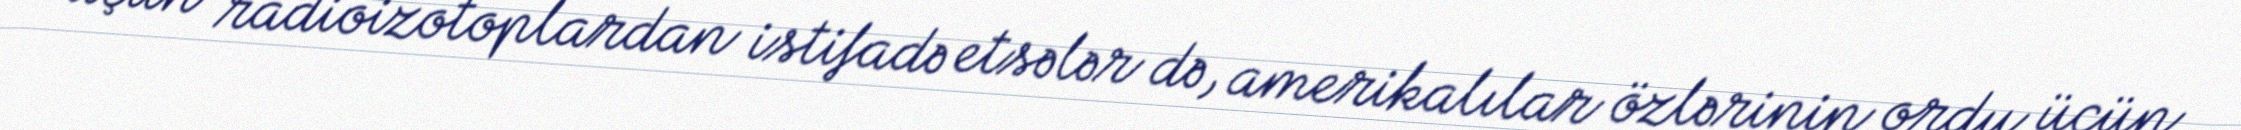
üçün radioizotoplardan istifadə etsələr də, amerikalılar özlərinin ordu üçün